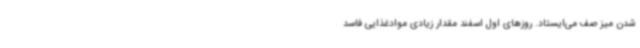
شدن میز صف می‌ایستاد. روزهای اول اسفند مقدار زیادی موادغذایی فاسد